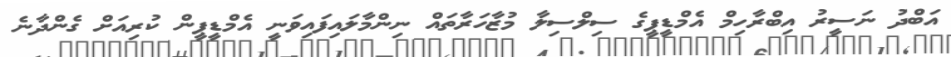
އަބްދު ނަސީރު އިބްރާހިމް އެމްޑީޕީގެ ސިލްސިލާ މުޒާހަރާތައް ނިންމާލައިފައިވަނީ އެމްޑީޕީން ކުރިއަށް ގެންދާނެ